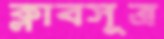
ক্লাবসূত্র